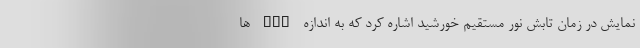
نمایش در زمان تابش نور مستقیم خورشید اشاره کرد که به اندازه LCD ها